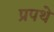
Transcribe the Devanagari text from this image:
प्रपथे